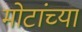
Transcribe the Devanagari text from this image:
मोटांच्या